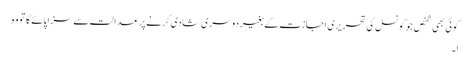
کوئی بھی شخص جو کونسل کی تحریری اجازت کے بغیر دوسری شادی کرنے پر عدالت سے سزا پائے گا تو وہ
ا ۔